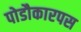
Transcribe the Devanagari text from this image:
पोडौकारपस